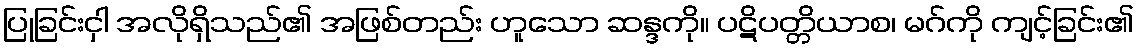
ပြုခြင်းငှါ အလိုရှိသည်၏ အဖြစ်တည်း ဟူသော ဆန္ဒကို။ ပဋိပတ္တိယာစ၊ မဂ်ကို ကျင့်ခြင်း၏